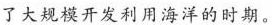
了大规模开发利用海洋的时期。